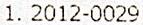
1. 2012-0029